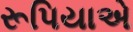
રૂપિયાએ